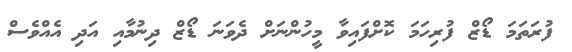
ފުރަތަމަ ޑޯޒް ފުރިހަމަ ކޮށްފައިވާ މީހުންނަށް ދެވަނަ ޑޯޒް ދިނުމާއި އަދި އެއްވެސް